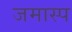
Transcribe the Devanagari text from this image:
जमास्प